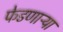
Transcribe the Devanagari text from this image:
फेडणाऱ्या